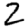
Digit: 2